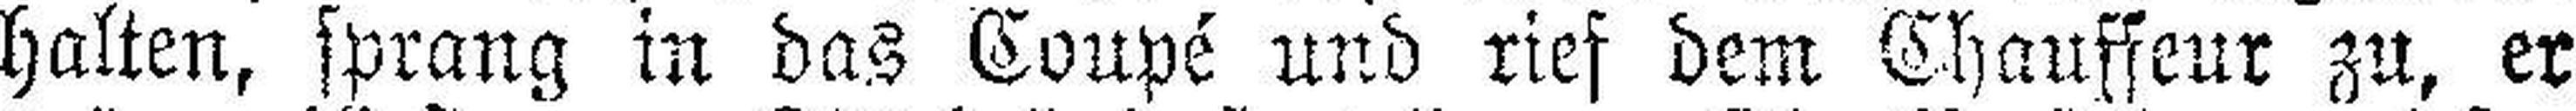
halten, sprang in das Coupé und rief dem Chauffeur zu, er